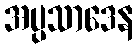
အပ္ပသာဒေန